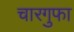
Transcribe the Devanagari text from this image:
चारगुफा